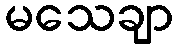
မသေချာ